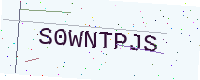
Text: S0WNTPJS